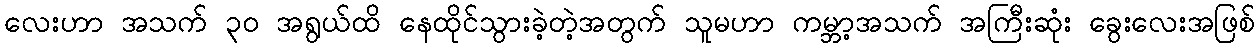
လေးဟာ အသက် ၃၀ အရွယ်ထိ နေထိုင်သွားခဲ့တဲ့အတွက် သူမဟာ ကမ္ဘာ့အသက် အကြီးဆုံး ခွေးလေးအဖြစ်